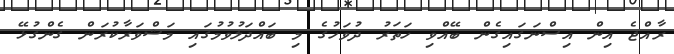
ރާއްޖެ އިން އިސްނަގައިގެން ބޭއްވި ހަތަރު ދުވަހުގެ މި ބައްދަލުވުމުގައި މަޝްވަރާކުރަން ގެންގުޅޭ